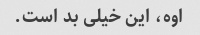
اوه، این خیلی بد است.